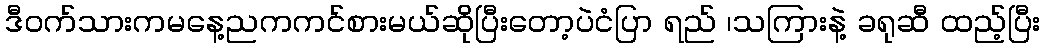
ဒီဝက်သားကမနေ့ညကကင်စားမယ်ဆိုပြီးတော့ပဲငံပြာ ရည် ၊သကြားနဲ့ ခရုဆီ ထည့်ပြီး